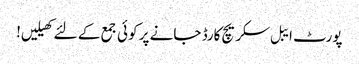
پورٹ ایبل سکریچ کارڈ جانے پر کوئی جمع کے لئے کھیلیں!